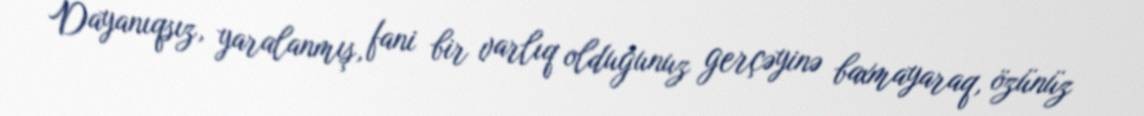
Dayanıqsız, yaralanmış, fani bir varlıq olduğunuz gerçəyinə baxmayaraq, özünüz